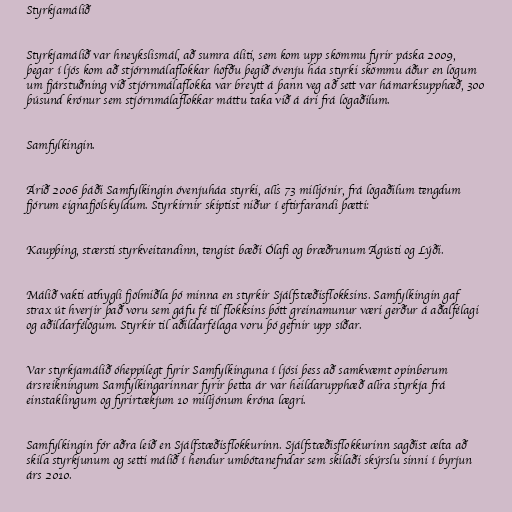
Styrkjamálið

Styrkjamálið var hneykslismál, að sumra áliti, sem kom upp skömmu fyrir páska 2009,
þegar í ljós kom að stjórnmálaflokkar höfðu þegið óvenju háa styrki skömmu áður en lögum
um fjárstuðning við stjórnmálaflokka var breytt á þann veg að sett var hámarksupphæð, 300
þúsund krónur sem stjórnmálaflokkar máttu taka við á ári frá lögaðilum.

Samfylkingin.

Árið 2006 þáði Samfylkingin óvenjuháa styrki, alls 73 milljónir, frá lögaðilum tengdum
fjórum eignafjölskyldum. Styrkirnir skiptist niður í eftirfarandi þætti:

Kaupþing, stærsti styrkveitandinn, tengist bæði Ólafi og bræðrunum Ágústi og Lýði.

Málið vakti athygli fjölmiðla þó minna en styrkir Sjálfstæðisflokksins. Samfylkingin gaf
strax út hverjir það voru sem gáfu fé til flokksins þótt greinamunur væri gerður á aðalfélagi
og aðildarfélögum. Styrkir til aðildarfélaga voru þó gefnir upp síðar.

Var styrkjamálið óheppilegt fyrir Samfylkinguna í ljósi þess að samkvæmt opinberum
ársreikningum Samfylkingarinnar fyrir þetta ár var heildarupphæð allra styrkja frá
einstaklingum og fyrirtækjum 10 milljónum króna lægri.

Samfylkingin fór aðra leið en Sjálfstæðisflokkurinn. Sjálfstæðisflokkurinn sagðist ælta að
skila styrkjunum og setti málið í hendur umbótanefndar sem skilaði skýrslu sinni í byrjun
árs 2010.